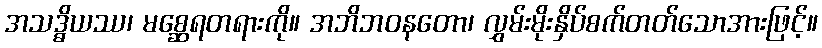
အသဒ္ဓိယဿ၊ မစ္ဆေရတရားကို။ အဘိဘဝနတော၊ လွှမ်းမိုးနှိပ်စက်တတ်သောအားဖြင့်။